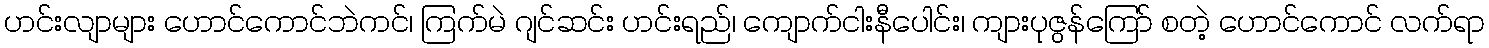
ဟင်းလျာများ ဟောင်ကောင်ဘဲကင်၊ ကြက်မဲ ဂျင်ဆင်း ဟင်းရည်၊ ကျောက်ငါးနီပေါင်း၊ ကျားပုဇွန်ကြော် စတဲ့ ဟောင်ကောင် လက်ရာ